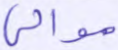
موالي